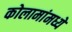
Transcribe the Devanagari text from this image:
कोलामांमध्ये